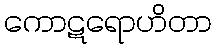
ကောဋရောဟိတာ